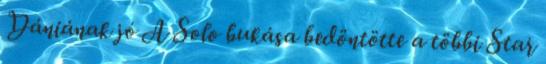
Dániának jó A Solo bukása bedöntötte a többi Star